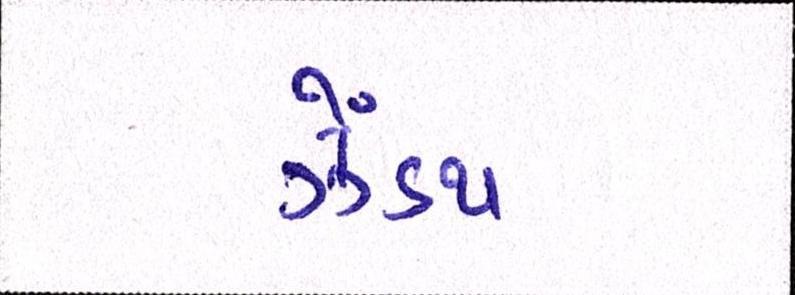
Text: ઝેંઽથ